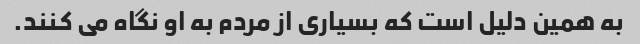
به همین دلیل است که بسیاری از مردم به او نگاه می کنند.